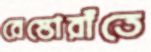
রেস্তোরাঁতে